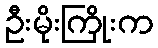
ဦးမိုးကြိုးက